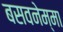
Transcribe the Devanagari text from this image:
बसवनेम्मा